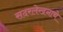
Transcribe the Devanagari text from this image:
सदरलेखनाचे